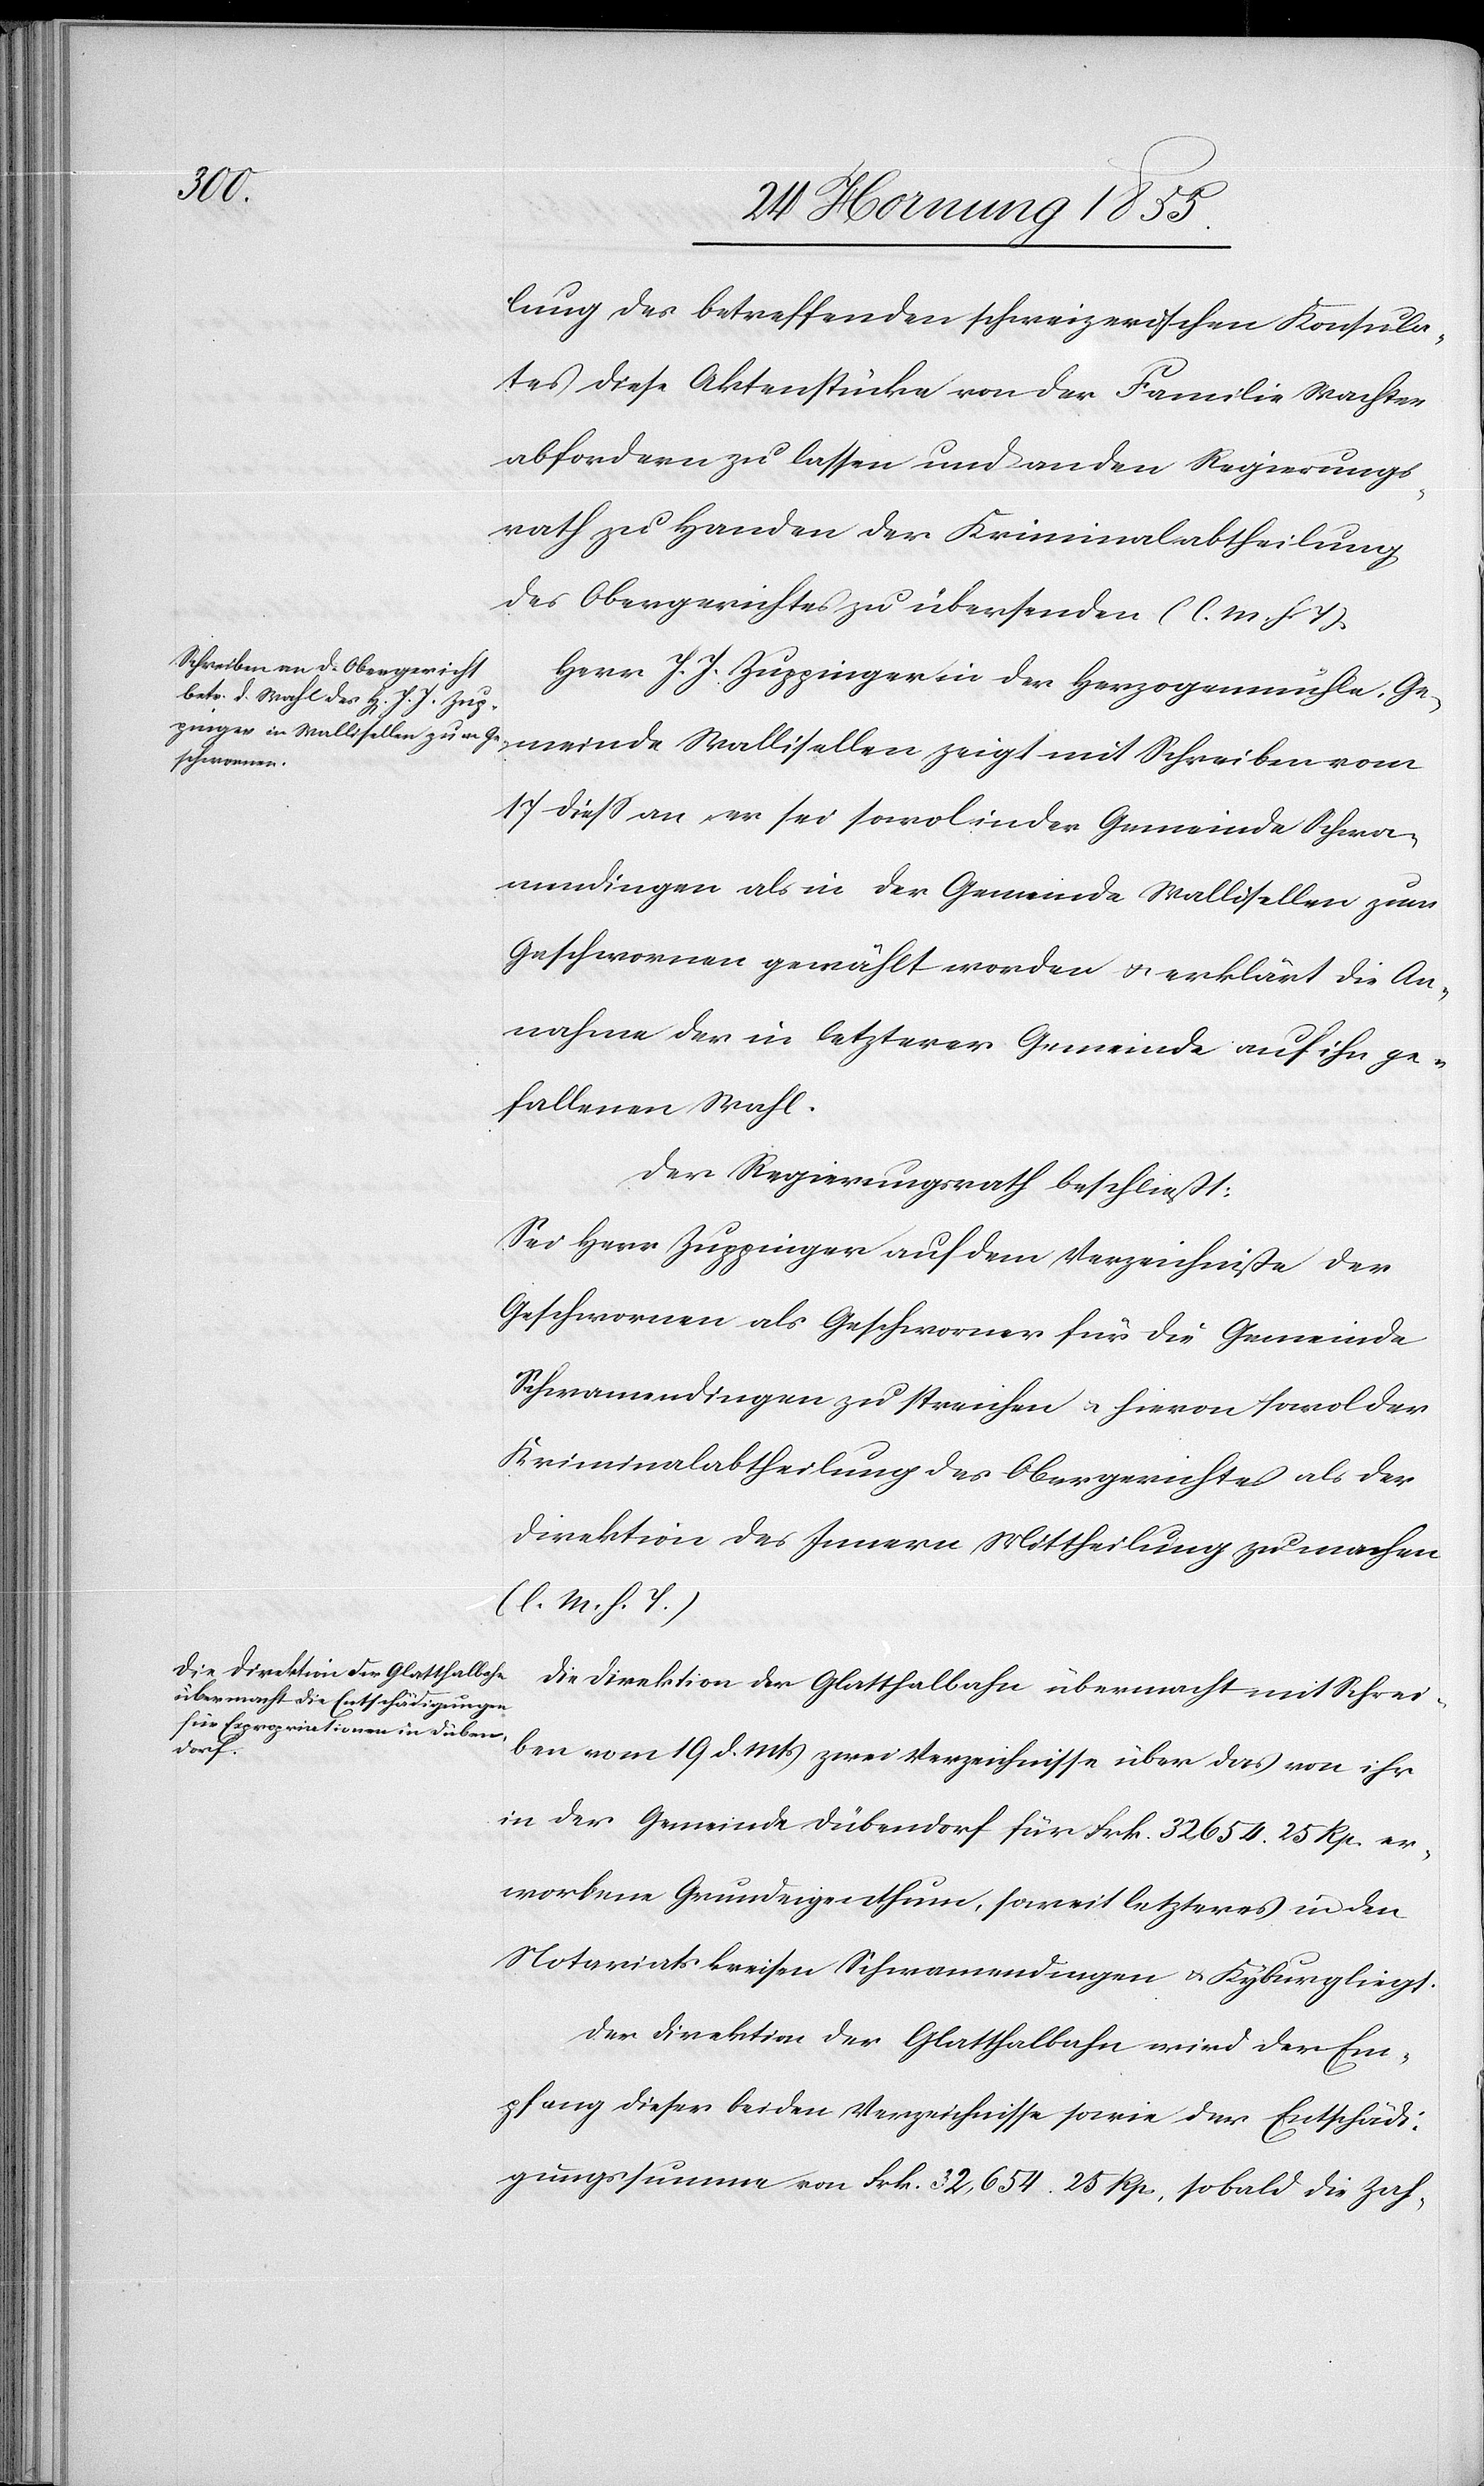
lung des betreffenden schweizerischen Konsula¬
tes diese Aktenstücke von der Familie Wachter
abfordern zu lassen und an den Regierungs¬
rath zu Handen der Kriminalabtheilung
des Obergerichtes zu übersenden (l. M. h. T).
Herr J. J. Zuppinger in der Herzogenmühle, Ge¬
meinde Wallisellen zeigt mit Schreiben vom
17 diess an er sei sowol in der Gemeinde Schwa¬
mendingen als in der Gemeinde Wallisellen zum
Geschwornen gewählt worden & erklärt die An¬
nahme der in letzterer Gemeinde auf ihn ge¬
fallenen Wahl.
Der Regierungsrath beschließt:
Sei Herr Zuppinger auf dem Verzeichniße der
Geschwornen als Geschworner für die Gemeinde
Schwamendingen zu streichen & hievon sowol der
Kriminalabtheilung des Obergerichtes als der
Direktion des Innern Mittheilung zu machen
(l. M. h. T.)
Die Direktion der Glatthalbahn übermacht mit Schrei¬
ben vom 19 d. Mts zwei Verzeichnisse über das von ihr
in der Gemeinde Dübendorf für Frk. 32 654. 25 Rp. er¬
worbene Grundeigenthum, soweit letzteres in den
Notariatskreisen Schwamendingen & Kyburg liegt.
Der Direktion der Glatthalbahn wird der Em¬
pfang dieser beiden Verzeichnisse sowie der Entschädi¬
gungssumme von Frk. 32,654. 25 Rp, sobald die Zah-